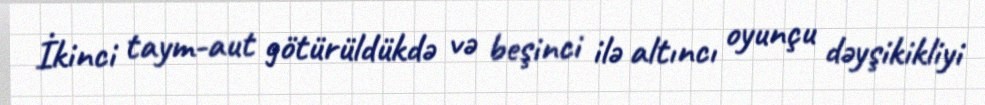
İkinci taym-aut götürüldükdə və beşinci ilə altıncı oyunçu dəyşikikliyi